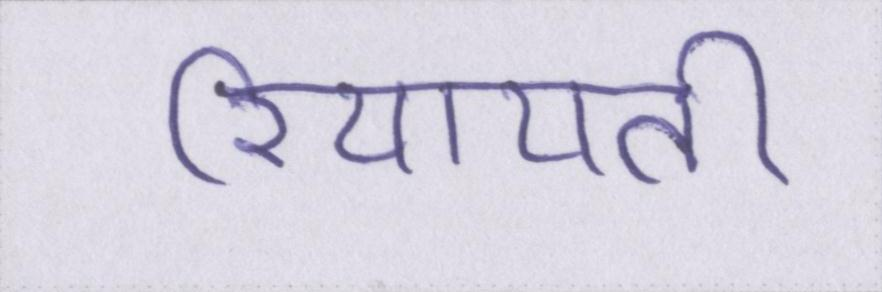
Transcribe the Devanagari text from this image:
रियायती